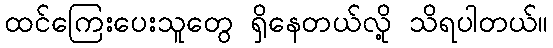
ထင်ကြေးပေးသူတွေ ရှိနေတယ်လို့ သိရပါတယ်။